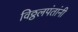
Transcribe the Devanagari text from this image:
विठ्ठलपंतांनी